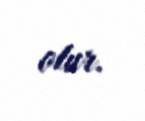
olur.